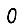
Digit: 0